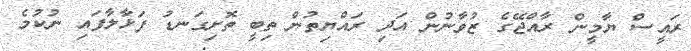
ރައީސް ޔާމީން ރާއްޖޭގެ ޒުވާނުން އަދި ރައްޔިތުން ތިބީ ތޮށިގަނޑު ފަޅާލާފައި ނުކުމެ